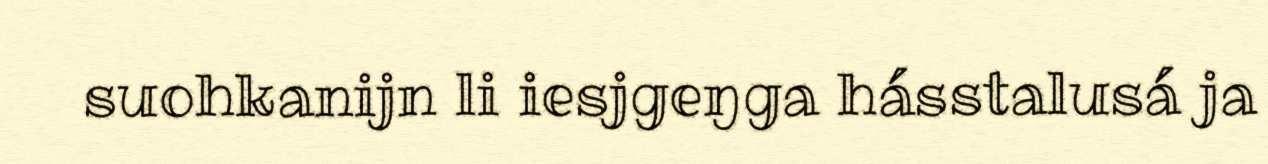
suohkanijn li iesjgeŋga hásstalusá ja